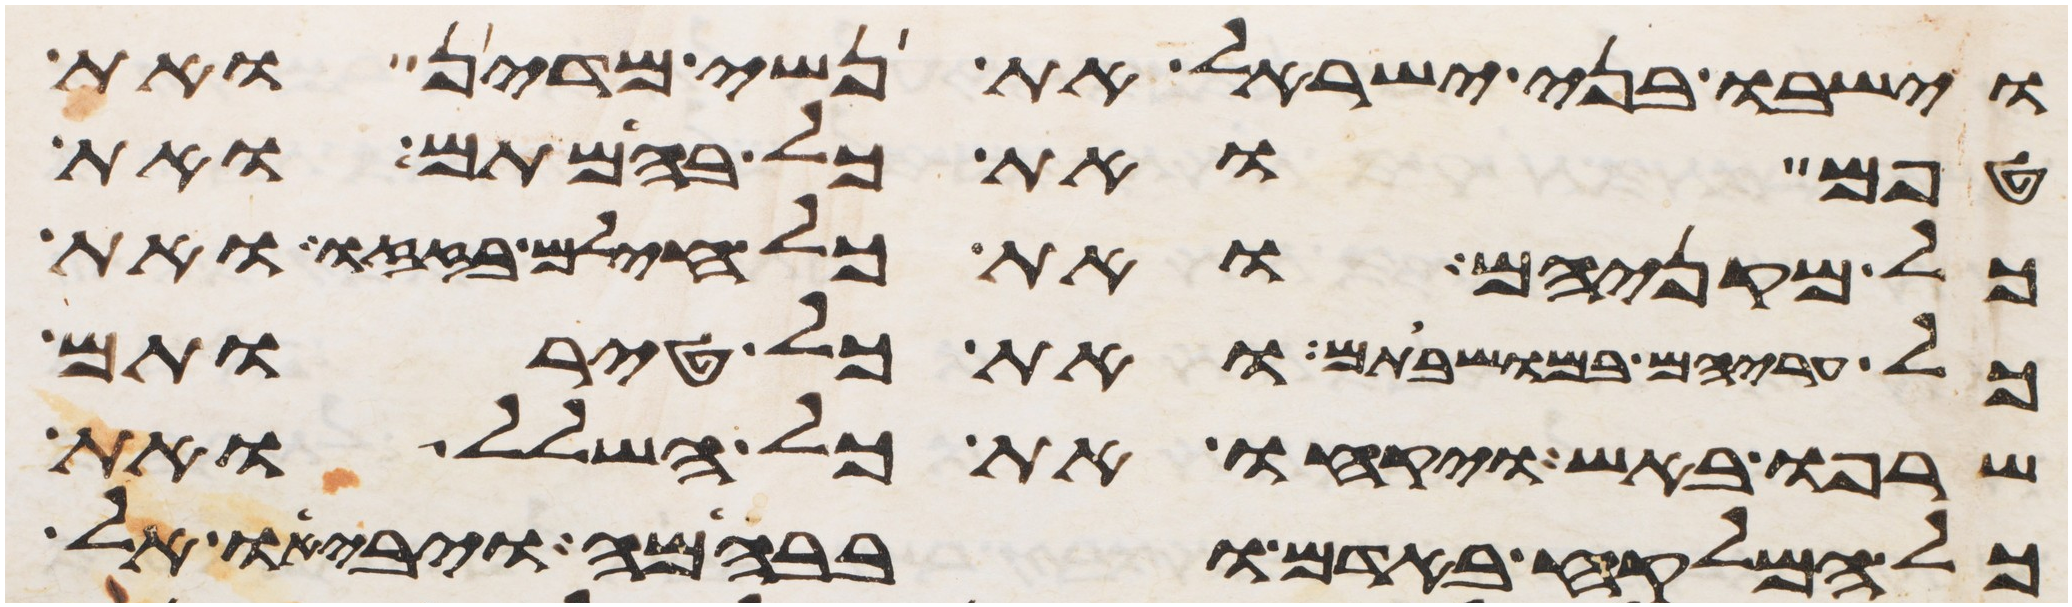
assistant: וישבו בני ישראל את נשי מדין ואת
טפם ואת כל בהמתם ואת
כל מקניהם ואת כל חילם בזזו ואת
כל עריהם במושבתם ואת כל טירתם
שרפו באש ויקחו את כל השלל ואת
כל המלקח באדם ובבהמה ויביאו אל